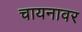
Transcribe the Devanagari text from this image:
चायनावर